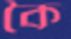
কৈ